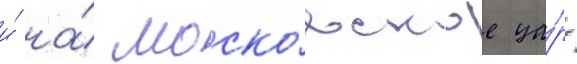
и́ на́ моско́вское ца́рство